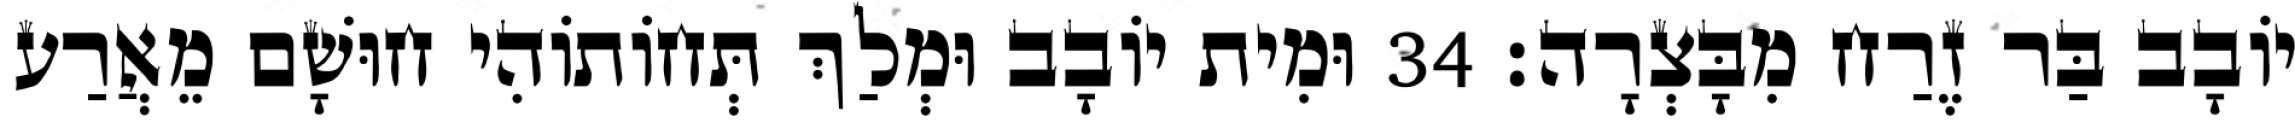
יוֹבָב בַּר זֶרַח מִבָּצְרָה׃ 34 וּמִית יוֹבָב וּמְלַךְ תְּחוֹתוֹהִי חוּשָׁם מֵאֲרַע